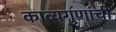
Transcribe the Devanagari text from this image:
काव्यगुणांची